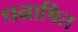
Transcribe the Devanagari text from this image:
धन्राषित